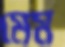
মেম